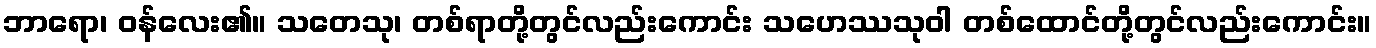
ဘာရော၊ ဝန်လေး၏။ သတေသု၊ တစ်ရာတို့တွင်လည်းကောင်း သဟေဿသုဝါ တစ်ထောင်တို့တွင်လည်းကောင်း။